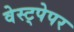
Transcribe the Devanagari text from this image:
वेस्ट्पेपर